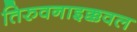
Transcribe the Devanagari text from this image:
तिरुवनाइक्कवल